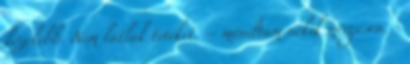
közelebb. Nem látlak titeket. – mondtam nekik mérgesen. -